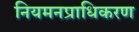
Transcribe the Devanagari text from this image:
नियमनप्राधिकरण